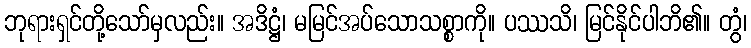
ဘုရားရှင်တို့သော်မှလည်း။ အဒိဋ္ဌံ၊ မမြင်အပ်သောသစ္စာကို။ ပဿသိ၊ မြင်နိုင်ပါဘိ၏။ တွံ၊